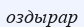
оздырар